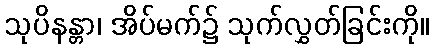
သုပိနန္တာ၊ အိပ်မက်၌ သုက်လွှတ်ခြင်းကို။